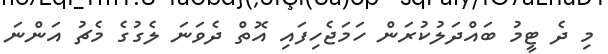
މި ދެ ޓީމު ބައްދަލުކުރަން ހަމަޖެހިފައި އޮތް ދެވަނަ ލެގުގެ މެޗު އަންނަ